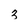
Character: 3